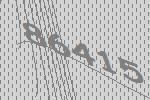
86415